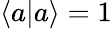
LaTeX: \langle a|a\rangle=1